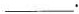
___.